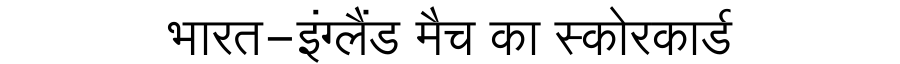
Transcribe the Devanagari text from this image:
भारत-इंग्लैंड मैच का स्कोरकार्ड